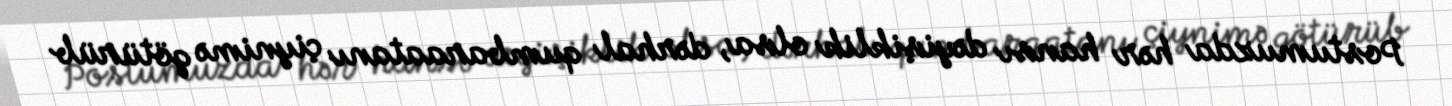
Postumuzda hər hansı dəyişiklik olsa, dərhal qumbaraatanı çiynimə götürüb